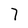
Character: 7